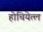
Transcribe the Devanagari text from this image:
होचियेत्ल